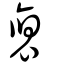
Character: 裒